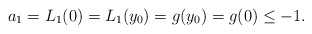
\begin{align*} a_1 = L_1(0) = L_1(y_0) = g(y_0) = g(0) \leq -1.\end{align*}